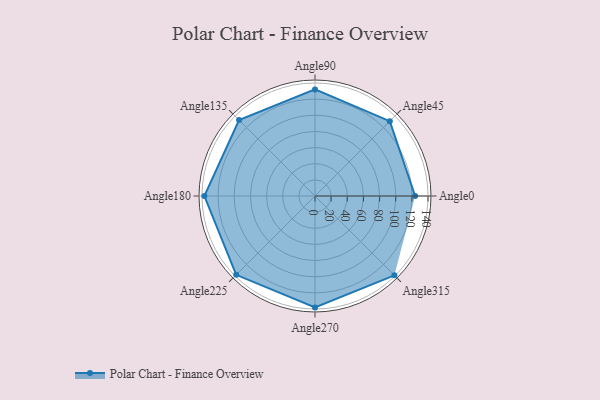
{"axis": {"x": "Angle", "y": "Radius"}, "legend": [""], "data": [{"x": "Angle0", "y": 124.0, "type": ""}, {"x": "Angle45", "y": 131.0, "type": ""}, {"x": "Angle90", "y": 132.0, "type": ""}, {"x": "Angle135", "y": 133.0, "type": ""}, {"x": "Angle180", "y": 137.0, "type": ""}, {"x": "Angle225", "y": 138.0, "type": ""}, {"x": "Angle270", "y": 138.0, "type": ""}, {"x": "Angle315", "y": 139.0, "type": ""}]}